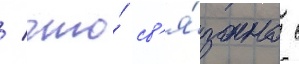
/ что́ св'я́зано с